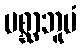
ပစ္ဆာဘူမံ